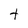
Character: t